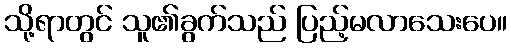
သို့ရာတွင် သူ၏ခွက်သည် ပြည့်မလာသေးပေ။